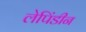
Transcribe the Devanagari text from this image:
लेपिंडीन